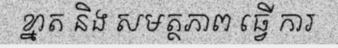
ខ្នាត និង សមត្ថភាព ធ្វើ ការ